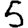
Digit: 5